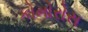
કોમોરોસ